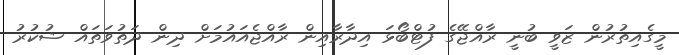
މީގެއިތުރުން ޒަވީ ބުނީ ރާއްޖޭގެ ފުޓްބޯޅަ އިދާރާއިން ރާއްޖެއައުމަށް ދިން ދަތުވަތައް ޝުކުރު